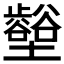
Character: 𡓼